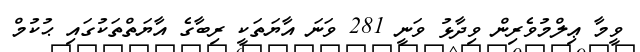
ވީމާ ޢިލްމުވެރިން ވިދާޅު ވަނީ 281 ވަނަ އާޔަތަކީ ރިބާގެ އާޔަތްތަކުގައި ޙުކުމް